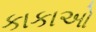
કાકાઓ